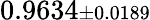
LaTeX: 0.9634{\scriptstyle\pm 0.0189}